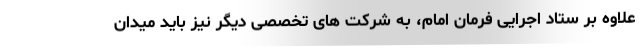
علاوه بر ستاد اجرایی فرمان امام، به شرکت های تخصصی دیگر نیز باید میدان